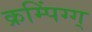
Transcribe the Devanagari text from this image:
क्रम्पिंग्ग्